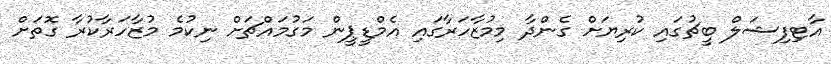
އާޓިފިޝަލް ބީޗުގައި ކުރިޔަށް ގެންދާ މިމުޒާހަރާގައި އެމްޑީޕީން މަގުމައްޗަށް ނިކުމެ މުޒާހަރާކުރާ ގޮތަށް